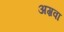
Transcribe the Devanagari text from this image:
अग़वा